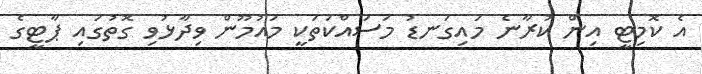
އެ ކޮމިޓީ އިން ކުރާނެ މައިގަނޑު މަސައްކަތަކީ މައުމޫން ވިދާޅުވި ގޮތުގައި ޕާޓީގެ